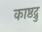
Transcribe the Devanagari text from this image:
काष्ठद्रु